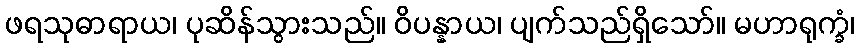
ဖရသုဓာရာယ၊ ပုဆိန်သွားသည်။ ဝိပန္နာယ၊ ပျက်သည်ရှိသော်။ မဟာရုက္ခံ၊